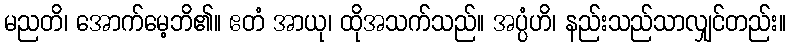
မညတိ၊ အောက်မေ့ဘိ၏။ ဧတံ အာယု၊ ထိုအသက်သည်။ အပ္ပံဟိ၊ နည်းသည်သာလျှင်တည်း။